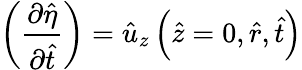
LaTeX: \left(\frac{\partial\hat{\eta}}{\partial\hat{t}}\right)=\hat{u}_{z}\left(\hat{z}=0,\hat{r},\hat{t}\right)